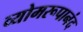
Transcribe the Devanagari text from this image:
व्योमरूपानंद